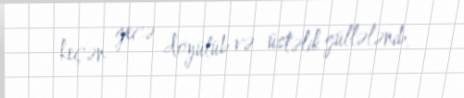
keçən gecə döyülüb və üstəlik güllələnib.